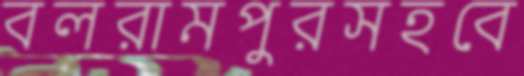
বলরামপুরসহবে